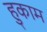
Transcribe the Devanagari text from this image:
हुकाम